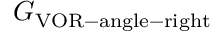
G _ { \mathrm { V O R - a n g l e - r i g h t } }